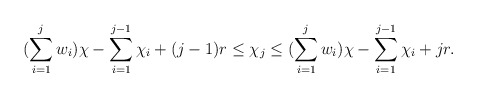
\begin{align*}(\sum\limits_{i =1}^{j} w_i) \chi - \sum\limits_{i=1}^{j-1} \chi_i +(j-1) r \leq \chi_j \leq (\sum\limits_{i =1}^{j} w_i) \chi - \sum\limits_{i=1}^{j-1} \chi_i + j r.\end{align*}